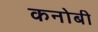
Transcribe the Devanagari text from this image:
कनोबी